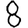
Digit: 8